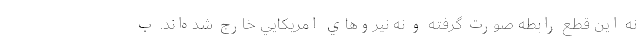
نه اين قطع رابطه صورت گرفته و نه نيروهاي امريكايي خارج شده‌اند. ب